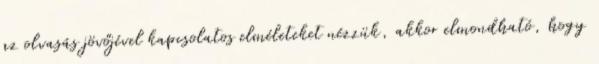
az olvasás jövőjével kapcsolatos elméleteket nézzük, akkor elmondható, hogy